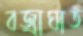
বজ্রাঘাত